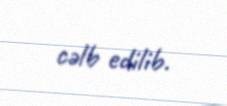
cəlb edilib.